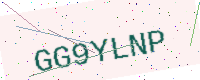
Text: GG9YLNP